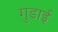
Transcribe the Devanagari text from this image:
गुडाई